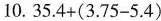
10. $$3 5 . 4 + ( 3 . 7 5 - 5 . 4 )$$